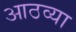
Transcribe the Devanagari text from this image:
आठव्‍या